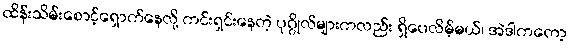
ထိန်းသိမ်းစောင့်ရှောက်နေလို့ ကင်းရှင်းနေတဲ့ ပုဂ္ဂိုလ်များကလည်း ရှိပေလိမ့်မယ်၊ အဲဒါကတော့